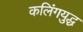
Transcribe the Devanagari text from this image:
कलिंगयुद्ध